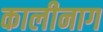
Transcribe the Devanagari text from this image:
कालीनाग